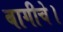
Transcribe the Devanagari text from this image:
बागीचे।